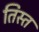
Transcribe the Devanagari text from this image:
तिस्‍त